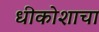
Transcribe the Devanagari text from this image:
धीकोशाचा